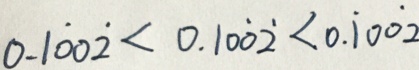
0 . 1 \dot { 0 } \dot { 0 } \dot { 2 } < 0 . 1 0 0 \dot { 2 } < 0 . 1 \dot { 0 } 0 \dot { 2 }